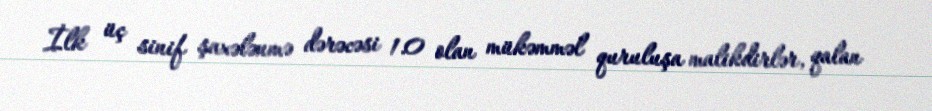
İlk üç sinif şaxələnmə dərəcəsi 1.0 olan mükəmməl quruluşa malikdirlər, qalan